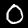
Digit: 0